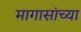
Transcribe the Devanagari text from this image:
मागासांच्या